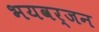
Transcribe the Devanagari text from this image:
भयवर्जन